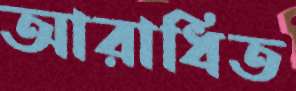
আরাধিত